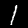
Label: 1